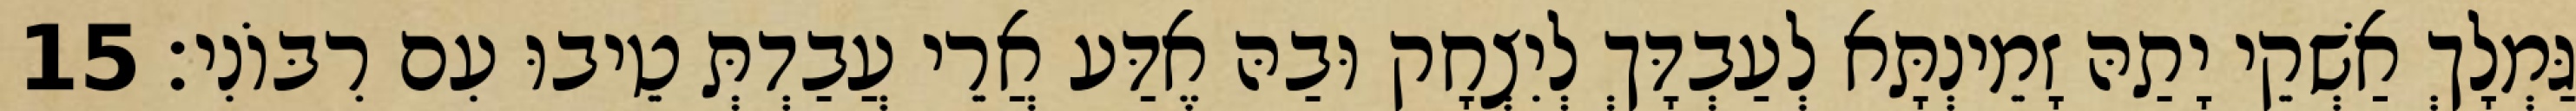
גַּמְלָךְ אַשְׁקֵי יָתַהּ זָמֵינְתָּא לְעַבְדָּךְ לְיִצְחָק וּבַהּ אֶדַּע אֲרֵי עֲבַדְתְּ טֵיבוּ עִם רִבּוֹנִי׃ 15